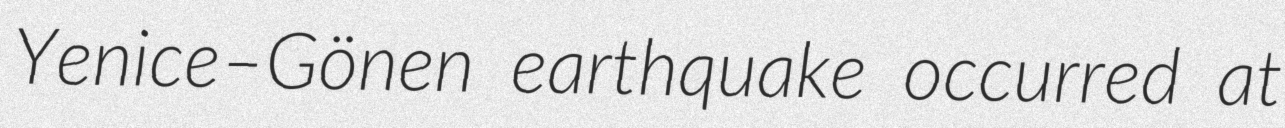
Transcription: Yenice–Gönen earthquake occurred at